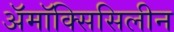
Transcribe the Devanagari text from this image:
अॅमॉक्सिसिलीन